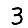
Digit: 3